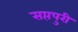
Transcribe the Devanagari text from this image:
सप्तपुरी